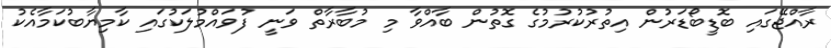
ރާއްޖޭގައި ބޮޑީބޯޑަރުން އިތުރުކުރުމުގެ ގޮތުން ބާއްވާ މި މުބާރާތް ވަނީ ފުވައްމުލަކުގައި ކާމިޔާބުކަމާއެކު